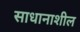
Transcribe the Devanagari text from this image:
साधानाशील